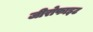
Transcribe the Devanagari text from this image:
जीरोफाइट